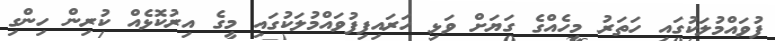
ފުވައްމުލަކުގައި ހަތަރު މީހެއްގެ ގަޔަށް ވަޅި ހަރައިފިފުވައްމުލަކުގައި މީގެ އިރުކޮޅެއް ކުރިން ހިންގި